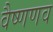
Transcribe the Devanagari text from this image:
वैष्णणव